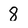
Character: 8